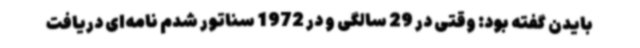
بایدن گفته بود: وقتی در 29 سالگی و در 1972 سناتور شدم نامه‌ای دریافت